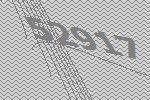
52917